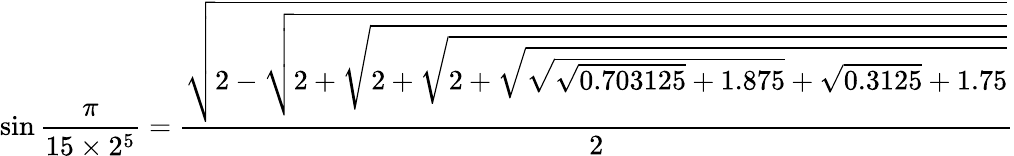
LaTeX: \sin{\frac{\pi}{15\times 2^{5}}}={\frac{\sqrt{2-{\sqrt{2+{\sqrt{2+{\sqrt{2+{\sqrt{{\sqrt{{\sqrt{0.703125}}+1.875}}+{\sqrt{0.3125}}+1.75}}}}}}}}}}{2}}